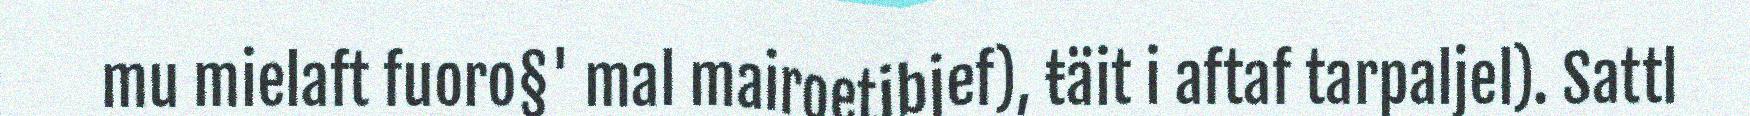
mu mielaft fuoro§' mal mairoetibjef), ŧäit i aftaf tarpaljel). Sattl